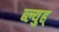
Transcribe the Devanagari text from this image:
ब्ल्युह्